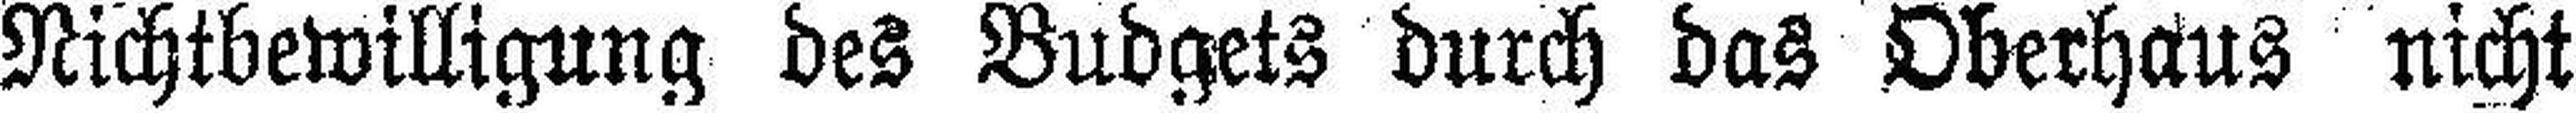
Nichtbewilligung des Budgets durch das Oberhaus nicht